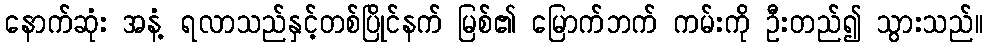
နောက်ဆုံး အနံ့ ရလာသည်နှင့်တစ်ပြိုင်နက် မြစ်၏ မြောက်ဘက် ကမ်းကို ဦးတည်၍ သွားသည်။